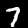
Label: 7